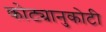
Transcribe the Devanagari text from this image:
कोट्यानुकोटी